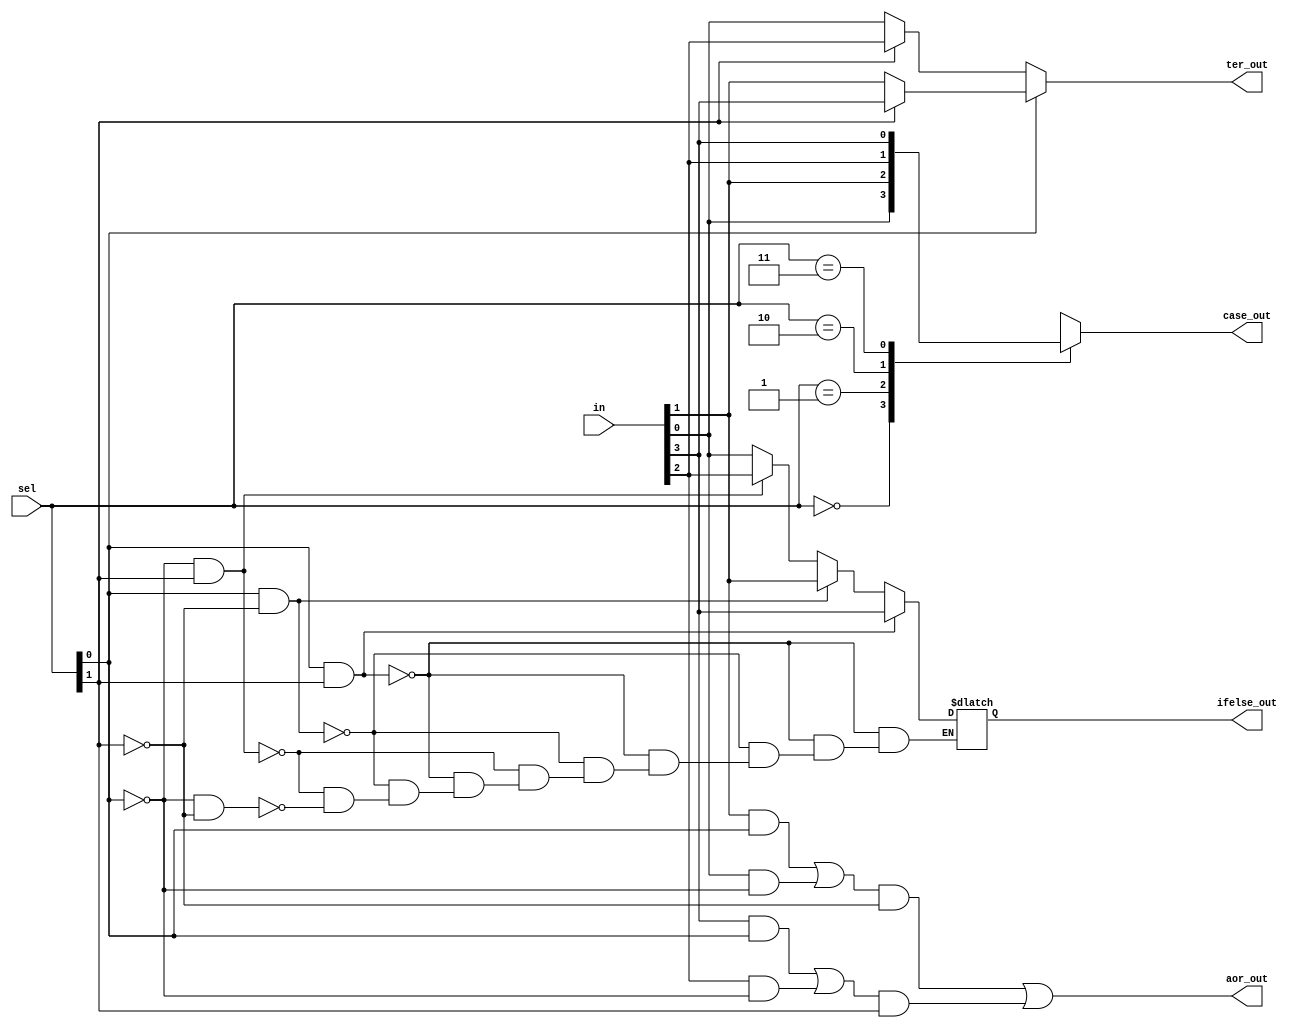
module mux_diff_cons(ter_out, case_out, ifelse_out, aor_out, sel, in);
	
	input [3:0]in;
	input [1:0]sel;

	output ter_out;
	output reg case_out;
	output reg ifelse_out;
	output aor_out;
	
	assign ter_out = sel[0] ? (sel[1] ? in[3] : in[1]) :
	       			  (sel[1] ? in[2] : in[0]) ;

	always@(*) begin
		case(sel) 
			3'h0 : case_out = in[0];
			3'h1 : case_out = in[1];
			3'h2 : case_out = in[2];
			3'h3 : case_out = in[3];
		endcase
	end

	always@(*)
		if (sel[0] & sel[1])
			ifelse_out = in[3];
		else if (sel[0] &~sel[1])
			ifelse_out = in[1];	
		else if (~sel[0] & sel[1])
			ifelse_out = in[2];
		else if (~sel[0] & ~sel[1])
			ifelse_out = in[0];


	assign aor_out = ((((in[1]&sel[0])|(in[0]&(~sel[0])))&((~sel[1]))) | 
		         (((in[3]&sel[0])|(in[2]&(~sel[0])))&sel[1]));

endmodule